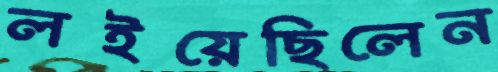
লইয়েছিলেন